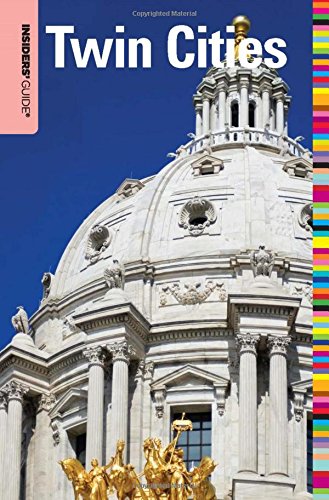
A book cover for Insiders' GuideÂ® to Twin Cities (Insiders' Guide Series); Jason Gabler; Travel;